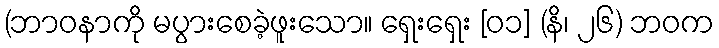
(ဘာဝနာကို မပွားစေခဲ့ဖူးသော။ ရှေးရှေး [၀၁] (နိ၊ ၂၆) ဘဝက